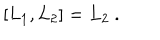
\left[ L _ { 1 } , L _ { 2 } \right] = L _ { 2 } \ .